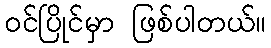
ဝင်ပြိုင်မှာ ဖြစ်ပါတယ်။